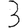
Digit: 3